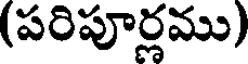
(పరిపూర్లము)